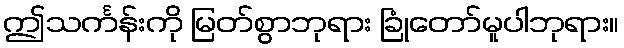
ဤသင်္ကန်းကို မြတ်စွာဘုရား ခြုံတော်မူပါဘုရား။